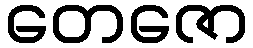
တေဇော